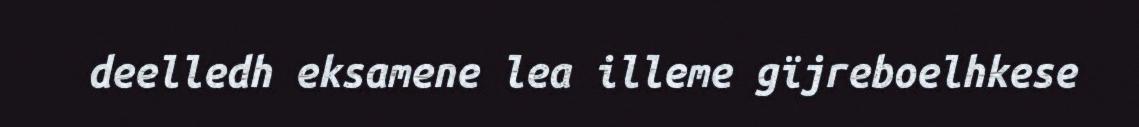
deelledh eksamene lea illeme gïjreboelhkese